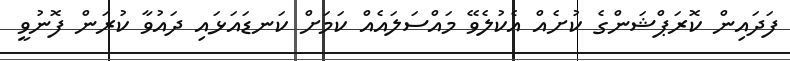
ފަދައިން ކޮރަޕްޝަންގެ ކުށެއް އެކުލެވޭ މައްސަލައެއް ކަމަށް ކަނޑައަޅައި ދައުވާ ކުރަން ފޮނުވީ